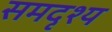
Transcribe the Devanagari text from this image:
समदृश्य